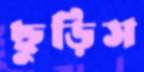
ছুড়িস